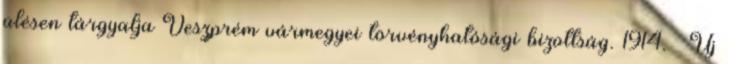
ülésen tárgyalja Veszprém vármegyei törvényhatósági bizottság. 1914. – Új